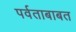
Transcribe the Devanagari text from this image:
पर्वताबाबत